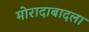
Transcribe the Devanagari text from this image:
मोरादाबादला